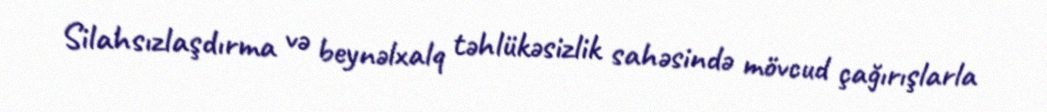
Silahsızlaşdırma və beynəlxalq təhlükəsizlik sahəsində mövcud çağırışlarla